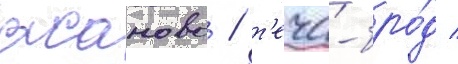
асаново / т'еча-бро́д /